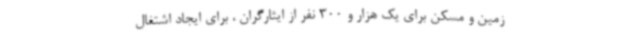
زمین و مسکن برای یک هزار و 300 نفر از ایثارگران ، برای ایجاد اشتغال